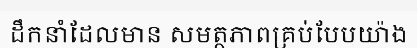
ដឹកនាំដែលមាន សមត្ថភាពគ្រប់បែបយ៉ាង